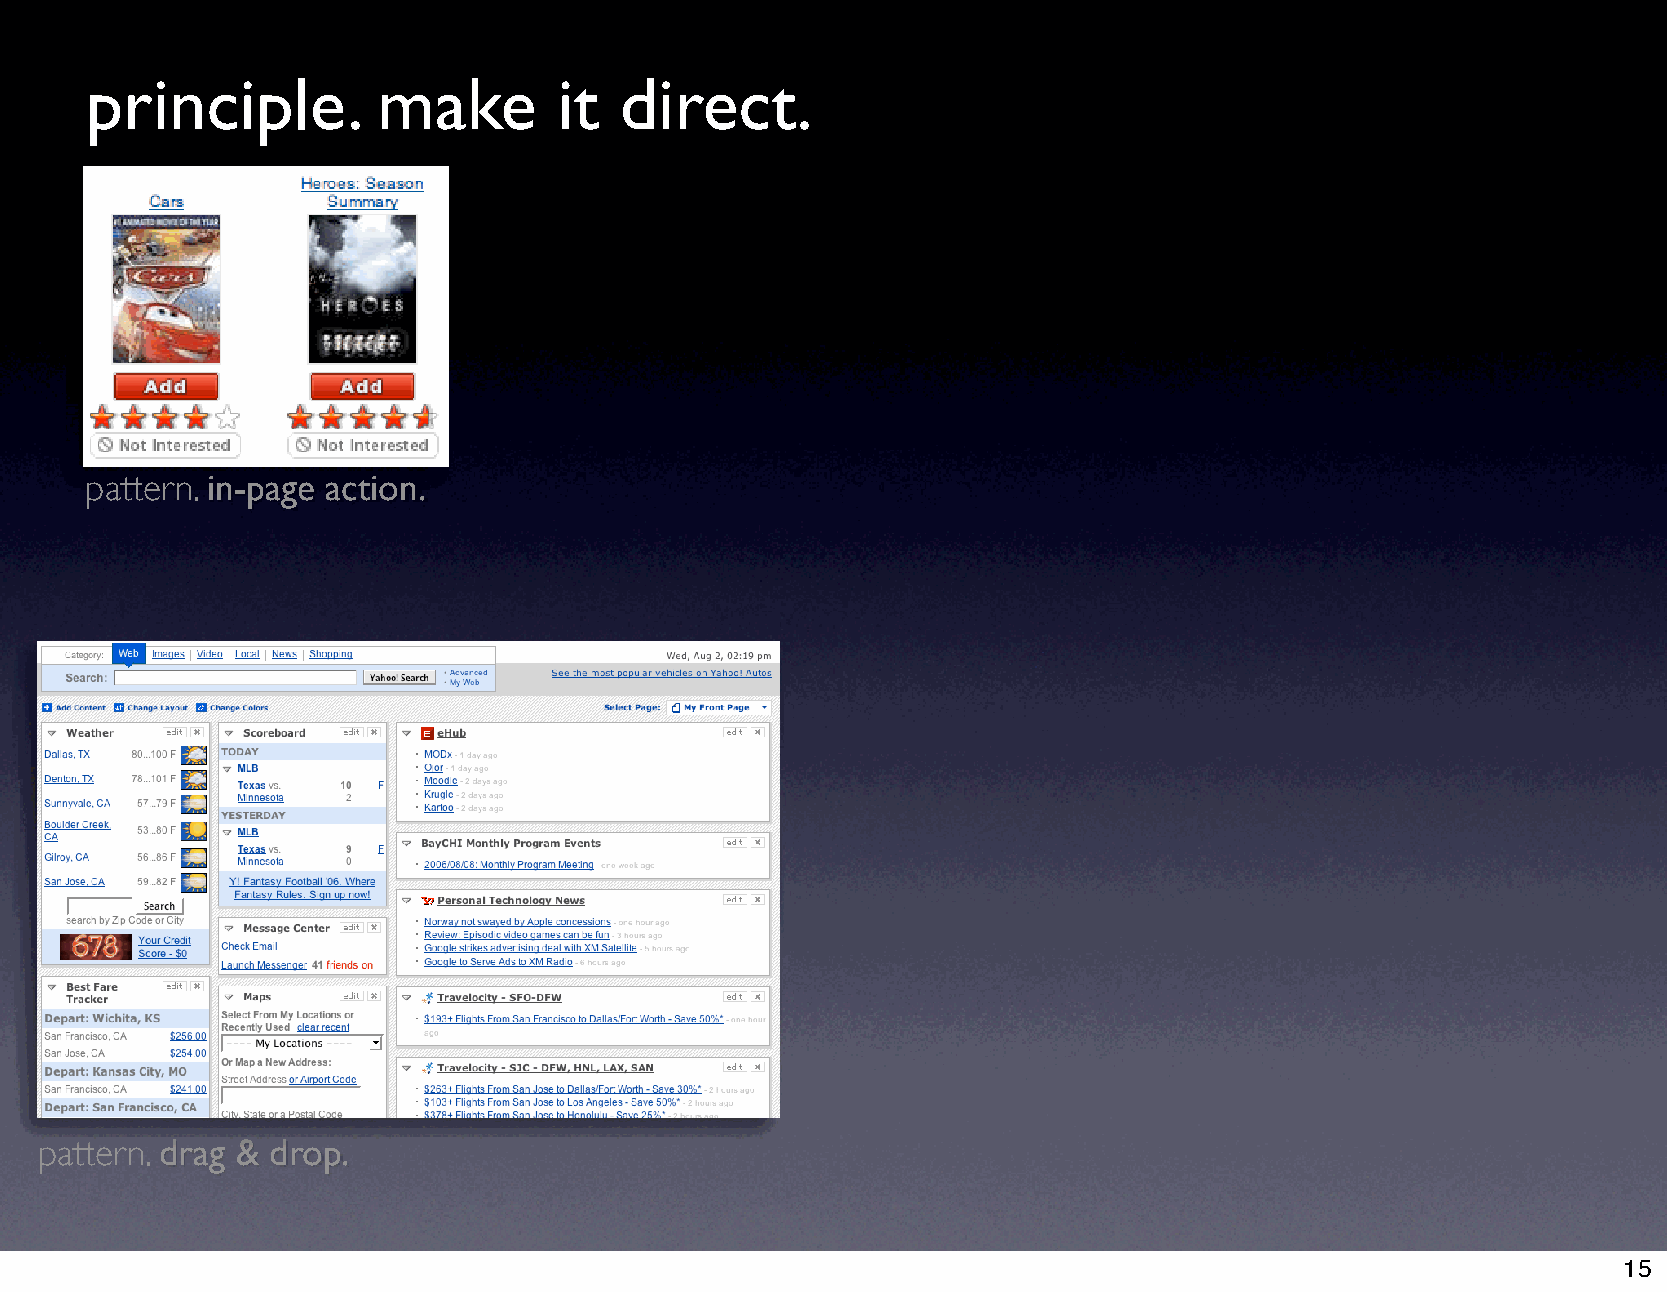
principle.         make        it  direct.
 pattern. in-page action.
 pattern. drag & drop.
 15